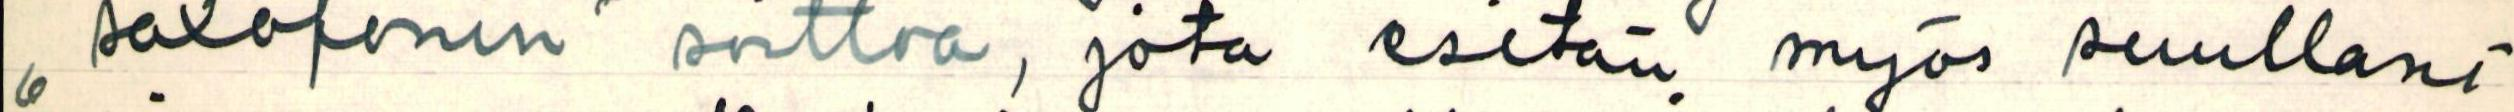
,, saxofonin soittoa, jota esitän myös suullani